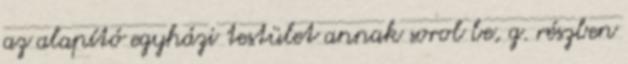
az alapító egyházi testület annak sorol be, g. részben